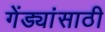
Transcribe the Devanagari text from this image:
गेंड्यांसाठी